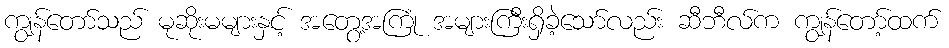
ကျွန်တော်သည် မုဆိုးမများနှင့် အတွေ့အကြုံ အများကြီးရှိခဲ့သော်လည်း ဆီဘီလ်က ကျွန်တော့်ထက်